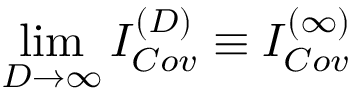
\operatorname * { l i m } _ { D \rightarrow \infty } I _ { C o v } ^ { ( D ) } \equiv { } I _ { C o v } ^ { ( \infty ) }